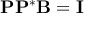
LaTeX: \mathbf { P } \mathbf { P } ^ { * } \mathbf { B } = \mathbf { I }